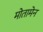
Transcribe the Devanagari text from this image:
मोतामेन